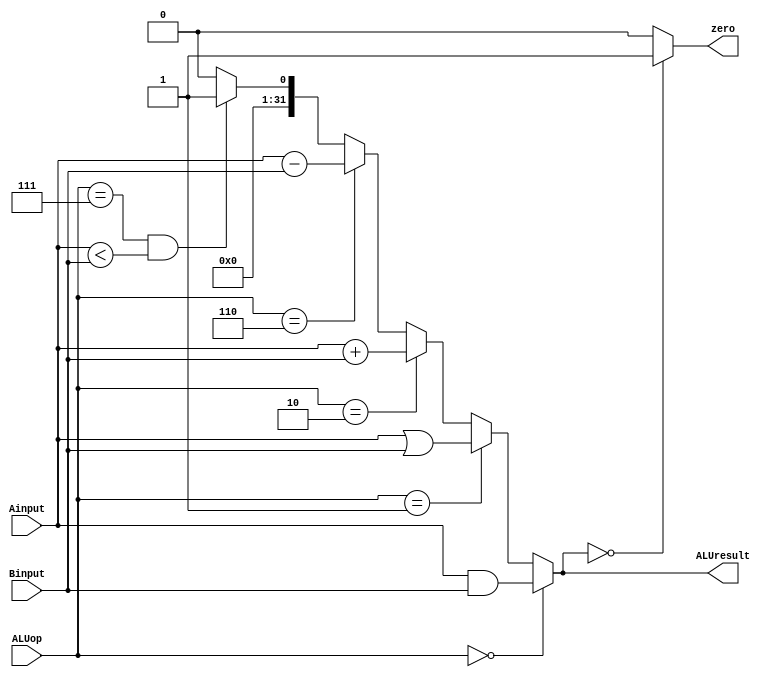
module ALU(Ainput,Binput,ALUop,ALUresult,zero);
input [31:0]Ainput,Binput;
input [2:0]ALUop;
output [31:0]ALUresult;
output zero;

assign ALUresult = (ALUop==3'b000) ?( Ainput & Binput ):
		   (ALUop==3'b001) ?( Ainput | Binput ):
		   (ALUop==3'b010) ?( Ainput + Binput ):
		   (ALUop==3'b110) ?( Ainput - Binput ):
		   (ALUop==3'b111 & Ainput<Binput) ? 32'd1 : 32'd0;

assign zero = (ALUresult==32'd0) ? 1'b1 : 1'b0;

endmodule